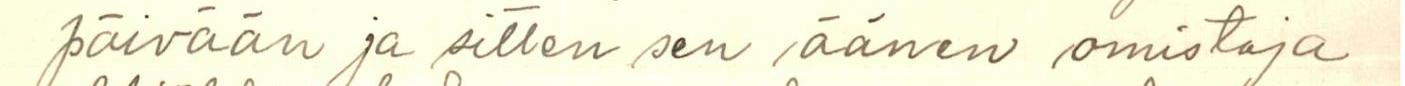
päivään ja sitten sen äänen omistaja